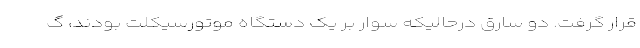
قرار گرفت. دو سارق درحالیکه سوار بر یک دستگاه موتورسیکلت بودند، گ